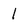
Character: I